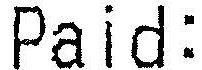
PAID: